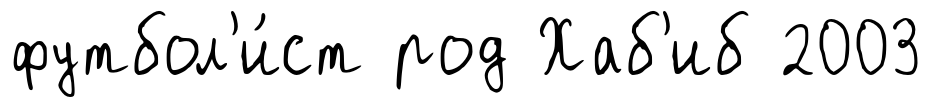
футбол'и́ст род Хаб'иб 2003